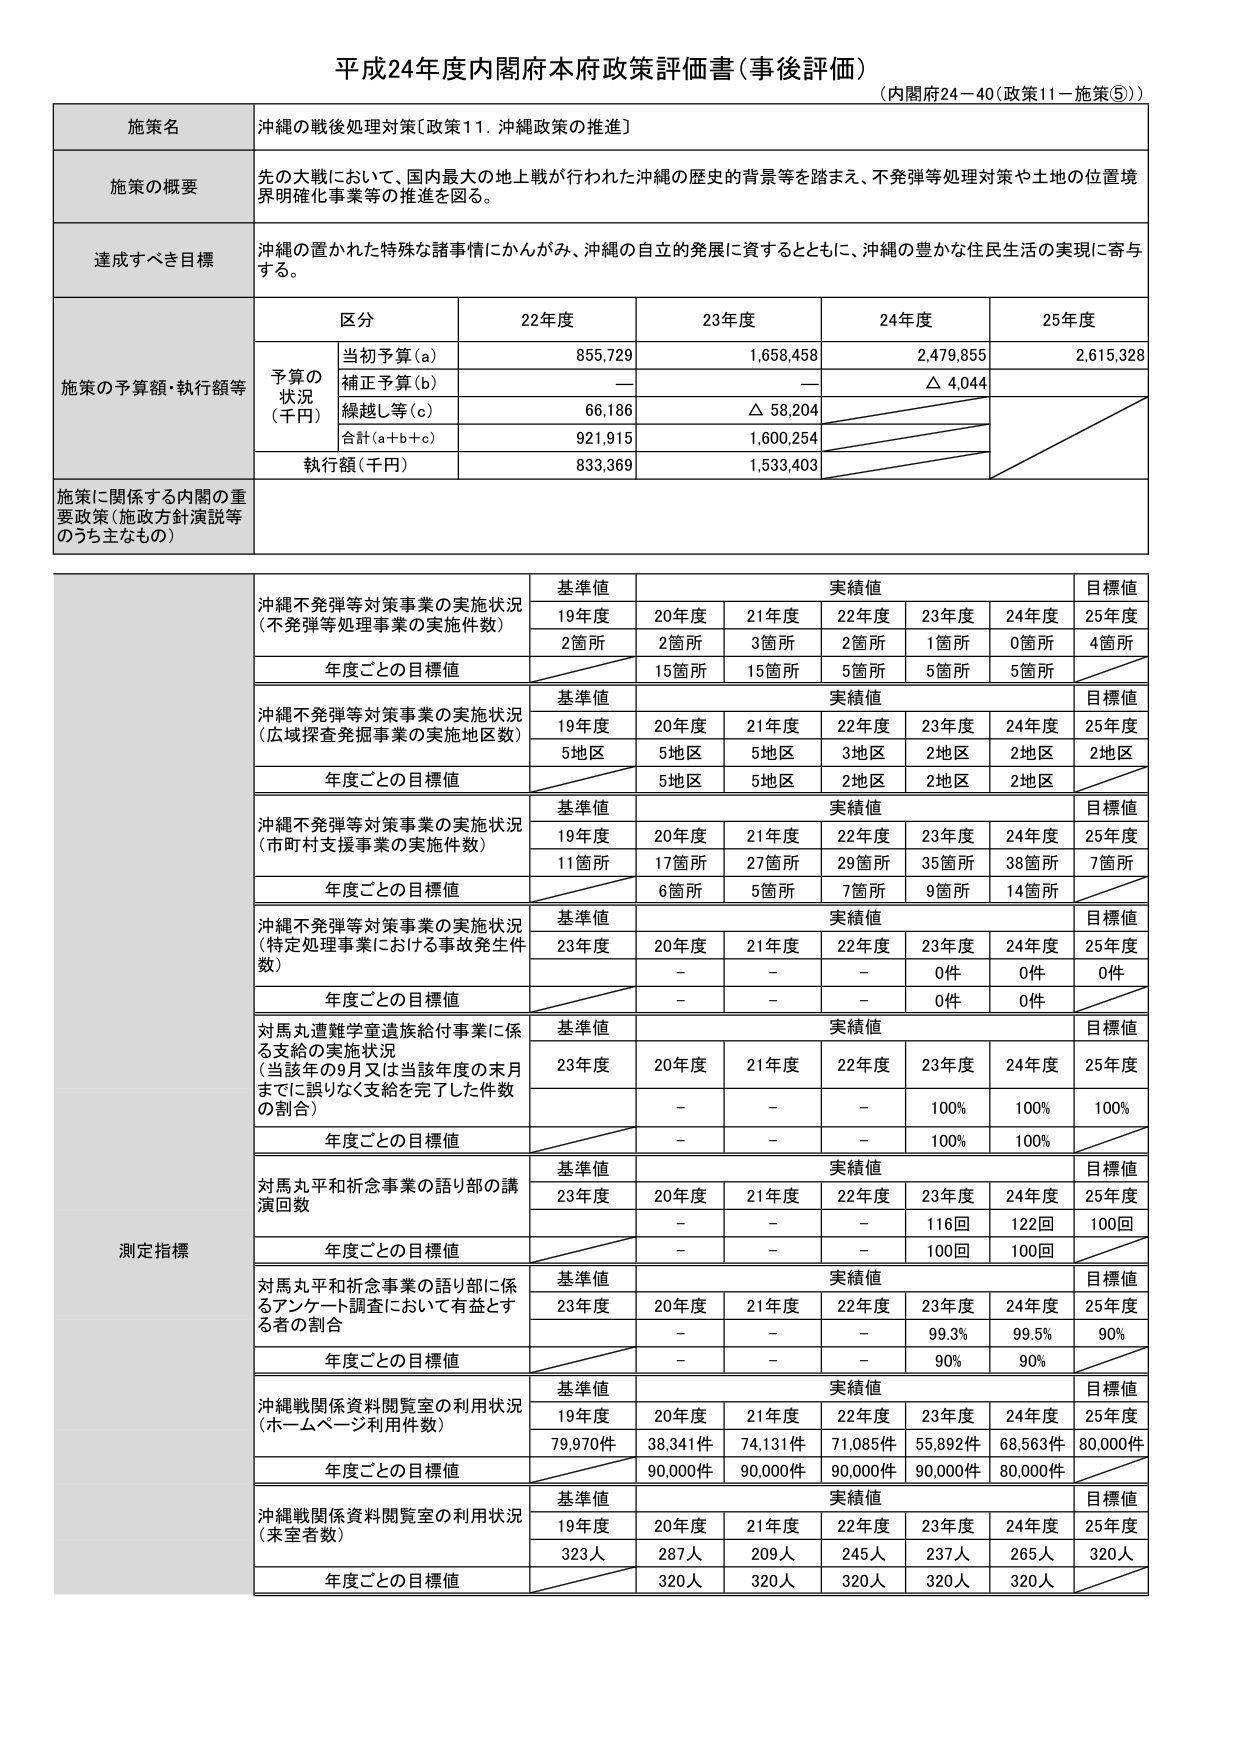
平成24年度内閣府本府政策評価書（事後評価）
（内閣府24－40（政策11－施策⑤））

施策名
沖縄の戦後処理対策〔政策11．沖縄政策の推進〕

施策の概要
先の大戦において、国内最大の地上戦が行われた沖縄の歴史的背景等を踏まえ、不発弾等処理対策や土地の位置境界明確化事業等の推進を図る。

達成すべき目標
沖縄の置かれた特殊な諸事情にかんがみ、沖縄の自立的発展に資するとともに、沖縄の豊かな住民生活の実現に寄与する。

施策の予算額・執行額等
区分 22年度 23年度 24年度 25年度
予算の状況（千円）
当初予算（a） 855,729 1,658,458 2,479,855 2,615,328
補正予算（b） — — △ 4,044
繰越し等（c） 66,186 △ 58,204
合計（a＋b＋c） 921,915 1,600,254
執行額（千円） 833,369 1,533,403

施策に関係する内閣の重要政策（施政方針演説等のうち主なもの）

測定指標
沖縄不発弾等対策事業の実施状況（不発弾等処理事業の実施件数）
基準値 実績値 目標値
19年度 20年度 21年度 22年度 23年度 24年度 25年度
2箇所 2箇所 3箇所 2箇所 1箇所 0箇所 4箇所
年度ごとの目標値 15箇所 15箇所 5箇所 5箇所

沖縄不発弾等対策事業の実施状況（広域探査発掘事業の実施地区数）
基準値 実績値 目標値
19年度 20年度 21年度 22年度 23年度 24年度 25年度
5地区 5地区 5地区 3地区 2地区 2地区 2地区
年度ごとの目標値 5地区 5地区 2地区 2地区 2地区

沖縄不発弾等対策事業の実施状況（市町村支援事業の実施件数）
基準値 実績値 目標値
19年度 20年度 21年度 22年度 23年度 24年度 25年度
11箇所 17箇所 27箇所 29箇所 35箇所 38箇所 7箇所
年度ごとの目標値 6箇所 5箇所 7箇所 9箇所 14箇所

沖縄不発弾等対策事業の実施状況（特定処理事業における事故発生件数）
基準値 実績値 目標値
23年度 20年度 21年度 22年度 23年度 24年度 25年度
- - - 0件 0件 0件
年度ごとの目標値 - - - 0件 0件

対馬丸遭難学童遺族給付事業に係る支給の実施状況（当該年の9月又は当該年度の末月までに誤りなく支給を完了した件数の割合）
基準値 実績値 目標値
23年度 20年度 21年度 22年度 23年度 24年度 25年度
- - - 100% 100% 100%
年度ごとの目標値 - - - 100% 100%

対馬丸平和祈念事業の語り部の講演回数
基準値 実績値 目標値
23年度 20年度 21年度 22年度 23年度 24年度 25年度
- - - 116回 122回 100回
年度ごとの目標値 - - - 100回 100回

対馬丸平和祈念事業の語り部に係るアンケート調査において有益とする者の割合
基準値 実績値 目標値
23年度 20年度 21年度 22年度 23年度 24年度 25年度
- - - 99.3% 99.5% 90%
年度ごとの目標値 - - - 90% 90%

沖縄戦関係資料閲覧室の利用状況（ホームページ利用件数）
基準値 実績値 目標値
19年度 20年度 21年度 22年度 23年度 24年度 25年度
79,970件 38,341件 74,131件 71,085件 55,892件 68,563件 80,000件
年度ごとの目標値 90,000件 90,000件 90,000件 90,000件 80,000件

沖縄戦関係資料閲覧室の利用状況（来室者数）
基準値 実績値 目標値
19年度 20年度 21年度 22年度 23年度 24年度 25年度
323人 287人 209人 245人 237人 265人 320人
年度ごとの目標値 320人 320人 320人 320人 320人